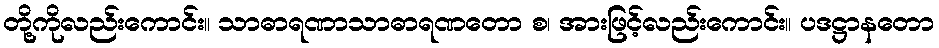
တို့ကိုလည်းကောင်း။ သာဓာရဏာသာဓာရဏတော စ၊ အားဖြင့်လည်းကောင်း။ ပဒဋ္ဌာနတော